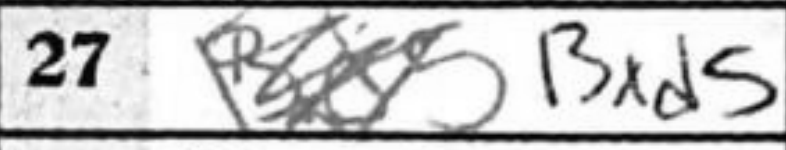
Transcription: Bxd5